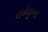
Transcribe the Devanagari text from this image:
धर्मकुण्ड